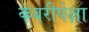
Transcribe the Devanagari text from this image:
कबरीपेक्षा